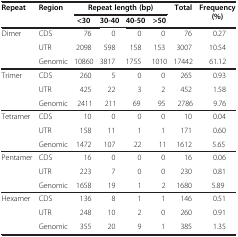
<table><thead><tr><td><b>Repeat</b></td><td><b>Region</b></td><td colspan="4"><b>Repeat length (bp)</b></td><td><b>Total</b></td><td><b>Frequency (%)</b></td></tr><tr><td><b> </b></td><td><b> </b></td><td><b>&lt;30</b></td><td><b>30-40</b></td><td><b>40-50</b></td><td><b>&gt;50</b></td><td><b> </b></td><td><b> </b></td></tr></thead><tbody><tr><td>Dimer</td><td>CDS</td><td>76</td><td>0</td><td>0</td><td>0</td><td>76</td><td>0.27</td></tr><tr><td> </td><td>UTR</td><td>2098</td><td>598</td><td>158</td><td>153</td><td>3007</td><td>10.54</td></tr><tr><td> </td><td>Genomic</td><td>10860</td><td>3817</td><td>1755</td><td>1010</td><td>17442</td><td>61.12</td></tr><tr><td>Trimer</td><td>CDS</td><td>260</td><td>5</td><td>0</td><td>0</td><td>265</td><td>0.93</td></tr><tr><td> </td><td>UTR</td><td>425</td><td>22</td><td>3</td><td>2</td><td>452</td><td>1.58</td></tr><tr><td> </td><td>Genomic</td><td>2411</td><td>211</td><td>69</td><td>95</td><td>2786</td><td>9.76</td></tr><tr><td>Tetramer</td><td>CDS</td><td>10</td><td>0</td><td>0</td><td>0</td><td>10</td><td>0.04</td></tr><tr><td> </td><td>UTR</td><td>158</td><td>11</td><td>1</td><td>1</td><td>171</td><td>0.60</td></tr><tr><td> </td><td>Genomic</td><td>1472</td><td>107</td><td>22</td><td>11</td><td>1612</td><td>5.65</td></tr><tr><td>Pentamer</td><td>CDS</td><td>16</td><td>0</td><td>0</td><td>0</td><td>16</td><td>0.06</td></tr><tr><td> </td><td>UTR</td><td>223</td><td>7</td><td>0</td><td>0</td><td>230</td><td>0.81</td></tr><tr><td> </td><td>Genomic</td><td>1658</td><td>19</td><td>1</td><td>2</td><td>1680</td><td>5.89</td></tr><tr><td>Hexamer</td><td>CDS</td><td>136</td><td>8</td><td>1</td><td>1</td><td>146</td><td>0.51</td></tr><tr><td> </td><td>UTR</td><td>248</td><td>10</td><td>2</td><td>0</td><td>260</td><td>0.91</td></tr><tr><td> </td><td>Genomic</td><td>355</td><td>20</td><td>9</td><td>1</td><td>385</td><td>1.35</td></tr></tbody></table>